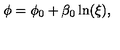
\phi = \phi _ { 0 } + \beta _ { 0 } \ln ( \xi ) ,